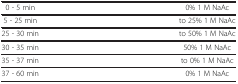
<table><thead><tr><td><b> </b></td><td><b> </b></td></tr></thead><tbody><tr><td> 0 - 5 min</td><td>0% 1 M NaAc</td></tr><tr><td>5 - 25 min</td><td>to 25% 1 M NaAc</td></tr><tr><td>25 - 30 min</td><td>to 50% 1 M NaAc</td></tr><tr><td>30 - 35 min</td><td>50% 1 M NaAc</td></tr><tr><td>35 - 37 min</td><td>to 0% 1 M NaAc</td></tr><tr><td>37 - 60 min</td><td>0% 1 M NaAc</td></tr></tbody></table>